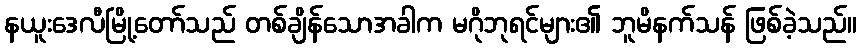
နယူးဒေလီမြို့တော်သည် တစ်ချိန်သောအခါက မဂိုဘုရင်များ၏ ဘူမိနက်သန် ဖြစ်ခဲ့သည်။